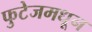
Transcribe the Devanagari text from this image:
फुटेजमधून